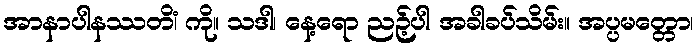
အာနာပါနဿတိံ၊ ကို။ သဒါ၊ နေ့ရော ညဉ့်ပါ အခါခပ်သိမ်း။ အပ္ပမတ္တော၊